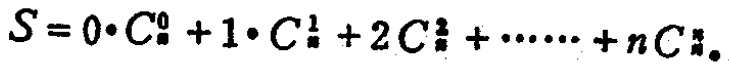
$S = 0\cdot C_{n}^{0}+1\cdot C_{n}^{1}+2C_{n}^{2}+\cdots +nC_{n}^{n}$